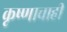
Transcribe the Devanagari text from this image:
कृष्णाचाही